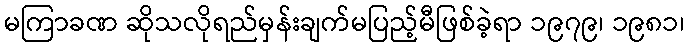
မကြာခဏ ဆိုသလိုရည်မှန်းချက်မပြည့်မီဖြစ်ခဲ့ရာ ၁၉၇၉၊ ၁၉၈၁၊